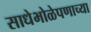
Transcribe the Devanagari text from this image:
साधेभोळेपणाच्या